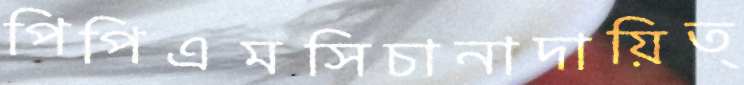
পিপিএমসিচানাদায়িত্